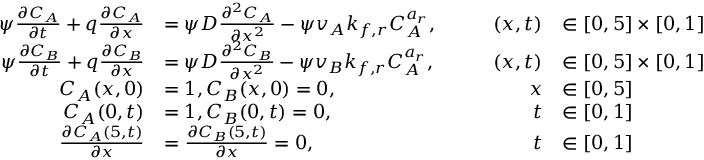
\begin{array} { r l r l } { \psi \frac { \partial C _ { A } } { \partial t } + q \frac { \partial C _ { A } } { \partial x } } & { = \psi D \frac { \partial ^ { 2 } C _ { A } } { \partial x ^ { 2 } } - \psi v _ { A } k _ { f , r } C _ { A } ^ { a _ { r } } , \qquad } & { ( x , t ) } & { \in [ 0 , 5 ] \times [ 0 , 1 ] } \\ { \psi \frac { \partial C _ { B } } { \partial t } + q \frac { \partial C _ { B } } { \partial x } } & { = \psi D \frac { \partial ^ { 2 } C _ { B } } { \partial x ^ { 2 } } - \psi v _ { B } k _ { f , r } C _ { A } ^ { a _ { r } } , \qquad } & { ( x , t ) } & { \in [ 0 , 5 ] \times [ 0 , 1 ] } \\ { C _ { A } ( x , 0 ) } & { = 1 , C _ { B } ( x , 0 ) = 0 , } & { x } & { \in [ 0 , 5 ] } \\ { C _ { A } ( 0 , t ) } & { = 1 , C _ { B } ( 0 , t ) = 0 , } & { t } & { \in [ 0 , 1 ] } \\ { \frac { \partial C _ { A } ( 5 , t ) } { \partial x } } & { = \frac { \partial C _ { B } ( 5 , t ) } { \partial x } = 0 , } & { t } & { \in [ 0 , 1 ] } \end{array}